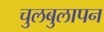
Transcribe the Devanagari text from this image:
चुलबुलापन